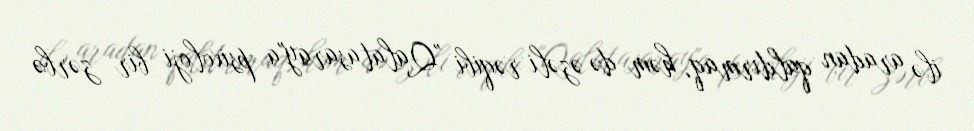
ilə aradan qaldırmaq, həm də əzəli rəqibi "Qalatasaray"a psixoloji bir zərbə